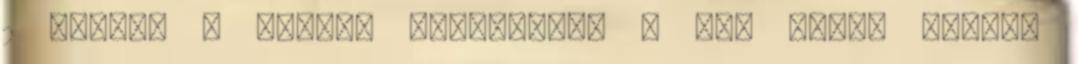
2 percet a vonat. Visszafelé - ezt utóbb tudtuk